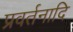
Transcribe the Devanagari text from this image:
प्रवर्तनादि